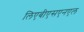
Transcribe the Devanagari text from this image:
लिएबीएसएनएल